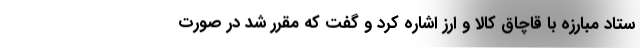
ستاد مبارزه با قاچاق کالا و ارز اشاره کرد و گفت که مقرر شد در صورت